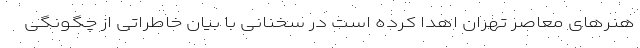
هنرهای معاصر تهران اهدا کرده است در سخنانی با بیان خاطراتی از چگونگی